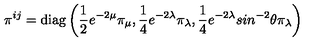
\pi ^ { i j } = \mathrm { d i a g } \left( \frac { 1 } { 2 } e ^ { - 2 \mu } \pi _ { \mu } , \frac { 1 } { 4 } e ^ { - 2 \lambda } \pi _ { \lambda } , \frac { 1 } { 4 } e ^ { - 2 \lambda } s i n ^ { - 2 } \theta \pi _ { \lambda } \right)